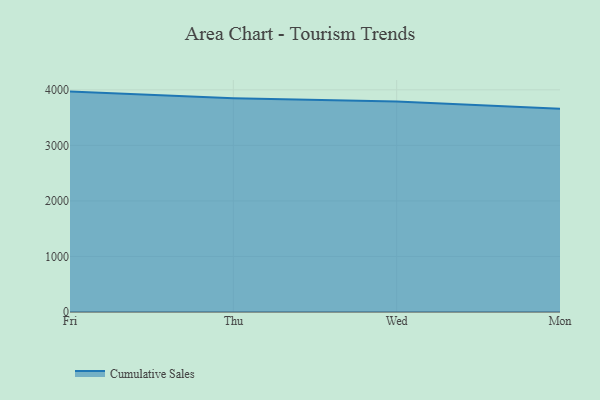
{"axis": {"x": "Day", "y": "Active Users"}, "legend": ["Cumulative Sales"], "data": [{"x": "Fri", "y": 3968.3, "type": "Cumulative Sales"}, {"x": "Thu", "y": 3848.9, "type": "Cumulative Sales"}, {"x": "Wed", "y": 3791.5, "type": "Cumulative Sales"}, {"x": "Mon", "y": 3660.2, "type": "Cumulative Sales"}]}